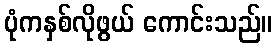
ပုံကနှစ်လိုဖွယ် ကောင်းသည်။